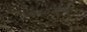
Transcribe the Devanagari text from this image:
आकयतुक्कु